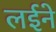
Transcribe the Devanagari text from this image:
लईने